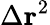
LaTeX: \Delta\mathbf{r}^{2}